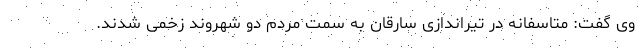
وی گفت: متاسفانه در تیراندازی سارقان به سمت مردم دو شهروند زخمی شدند.